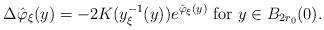
LaTeX: \begin{align*} \Delta \hat \varphi_\xi(y) =-2K(y_\xi^{-1}(y)) e^{\hat\varphi_\xi(y)} \hbox{ for }y \in B_{2r_0}(0).\end{align*}